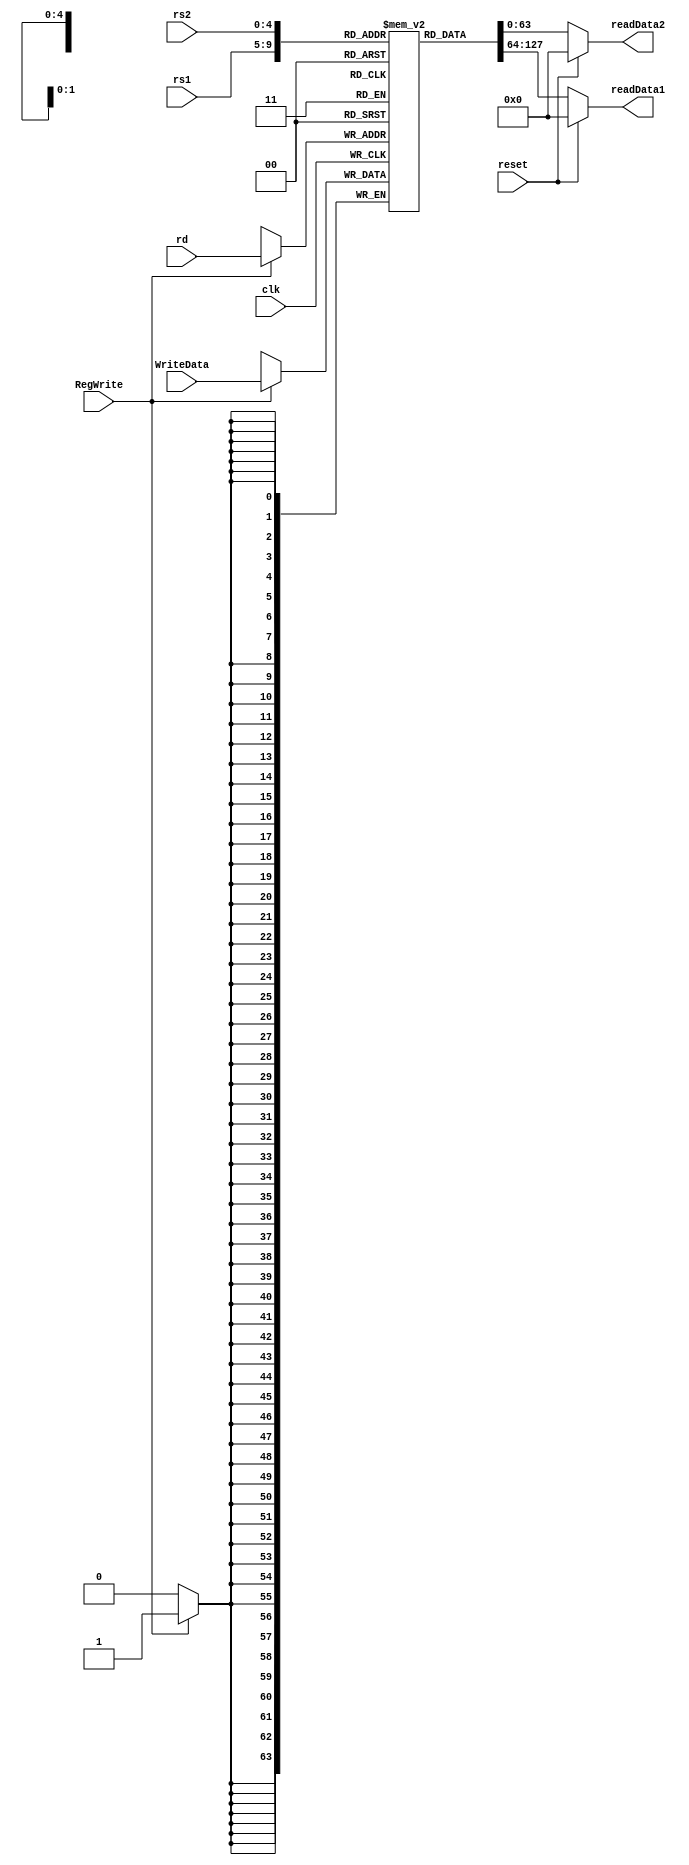
module registerFile(
	input [63:0] WriteData,
	input [4:0] rs1,
	input [4:0] rs2,
	input [4:0] rd,
	output reg [63:0] readData1,
	output reg [63:0] readData2,
	input clk, reset, RegWrite
);

reg [63:0] Registers [31:0];
integer i;
initial begin
for (i=0; i<64; i=i+1)
begin
Registers [i] = 8'h0;
end
Registers [11] = 8'h8;
end
always @(*)
    begin
      if (reset == 1)
        begin
          readData1 = 64'b0;
          readData2 = 64'b0;
        end
      else
        begin
          readData1 = Registers[rs1];
          readData2 = Registers[rs2];
        end 
    end
  
always @ (posedge clk)
    begin
      if (RegWrite == 1)
        begin
          Registers[rd] = WriteData;
        end  
     end
  
endmodule